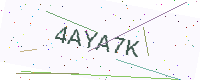
Text: 4AYA7K